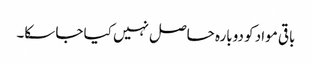
باقی مواد کو دوبارہ حاصل نہیں کیا جا سکا۔